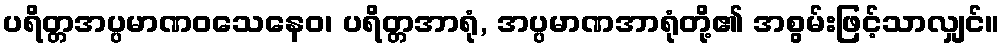
ပရိတ္တအပ္ပမာဏဝသေနေဝ၊ ပရိတ္တအာရုံ, အပ္ပမာဏအာရုံတို့၏ အစွမ်းဖြင့်သာလျှင်။